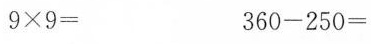
9×9= 360-250=